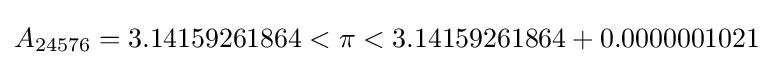
A_{24576}=3.14159261864<\pi <3.14159261864+0.0000001021